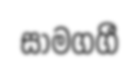
සාමගගී